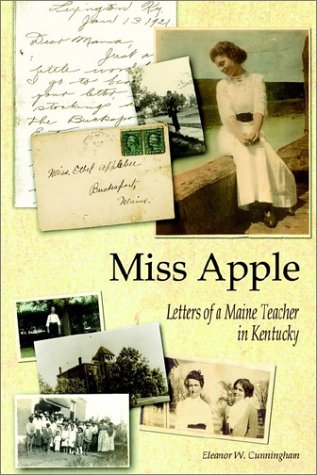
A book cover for Miss Apple: Letters of a Maine Teacher in Kentucky; Eleanor Cunningham; Biographies & Memoirs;